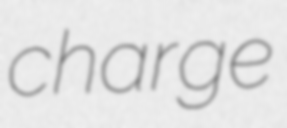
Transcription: charge